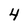
Character: 4